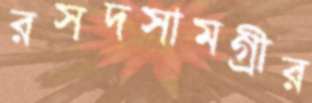
রসদসামগ্রীর